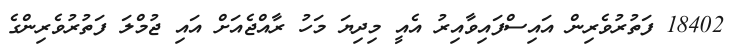
18402 ފަތުރުވެރިން އައިސްފައިވާއިރު އެއީ މިދިޔަ މަހު ރާއްޖެއަށް އައި ޖުމްލަ ފަތުރުވެރިންގެ